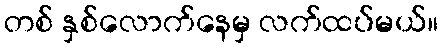
တစ် နှစ်လောက်နေမှ လက်ထပ်မယ်။